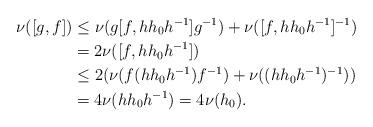
LaTeX: \begin{align*}\nu([g,f])& \leq \nu(g[f,hh_0h^{-1}]g^{-1})+\nu([f,hh_0h^{-1}]^{-1})\\&=2\nu([f,hh_0h^{-1}])\\ & \leq 2(\nu(f(hh_0h^{-1})f^{-1})+\nu((hh_0h^{-1})^{-1}))\\ &=4\nu(hh_0h^{-1})=4\nu(h_0).\end{align*}